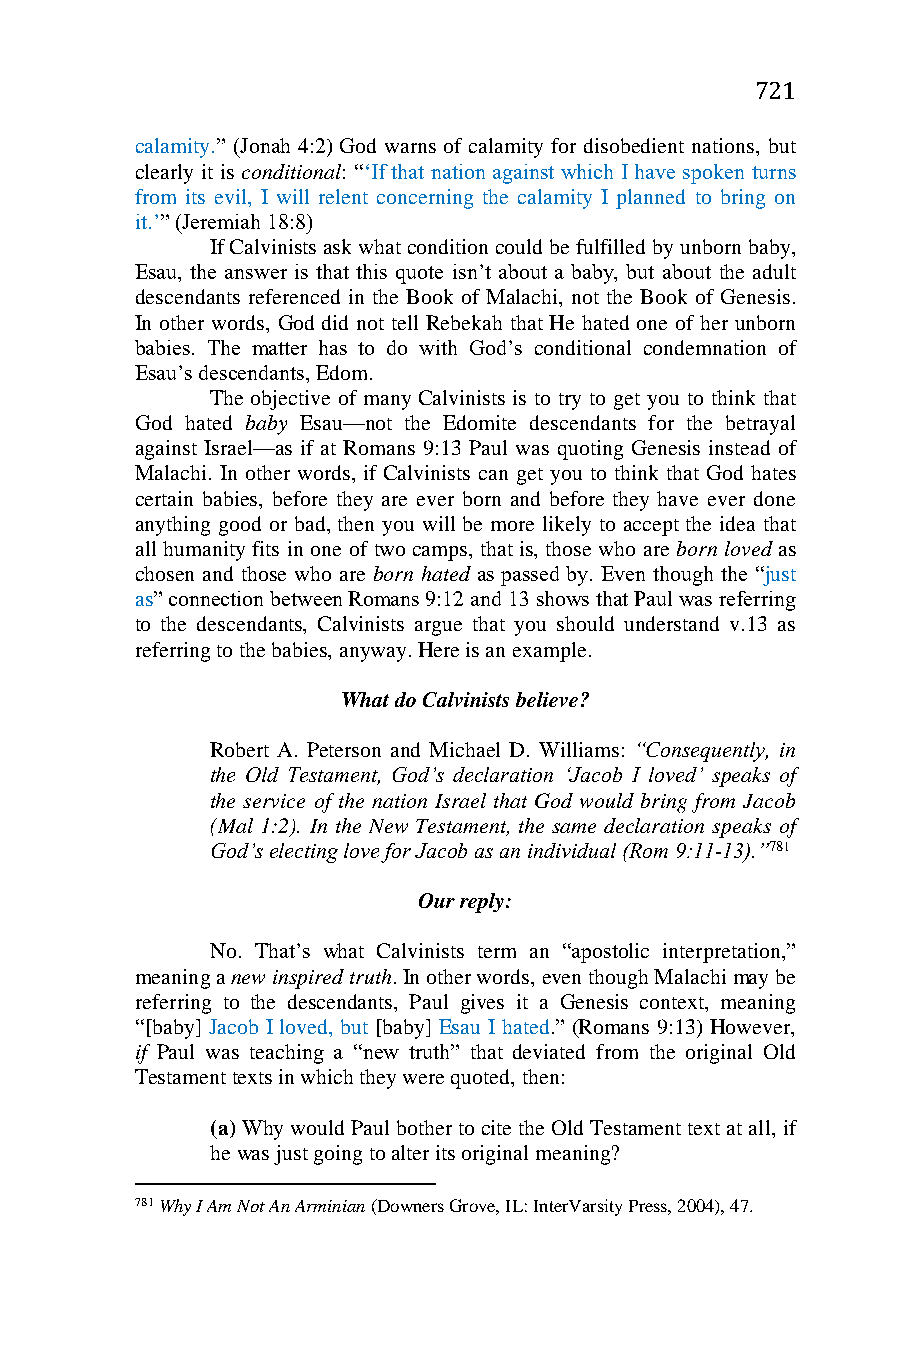
721
 calamity.” (Jonah 4:2) God warns of calamity for disobedient nations, but
 clearly it is conditional: “‘If that nation against which I have spoken turns
 from its evil, I will relent concerning the calamity I planned to bring on
 it.’” (Jeremiah 18:8)
 If Calvinists ask what condition could be fulfilled by unborn baby,
 Esau, the answer is that this quote isn’t about a baby, but about the adult
 descendants referenced in the Book of Malachi, not the Book of Genesis.
 In other words, God did not tell Rebekah that He hated one of her unborn
 babies. The matter has to do with God’s conditional condemnation of
 Esau’s descendants, Edom.
 The objective of many Calvinists is to try to get you to think that
 God hated baby Esau—not the Edomite descendants for the betrayal
 against Israel—as if at Romans 9:13 Paul was quoting Genesis instead of
 Malachi. In other words, if Calvinists can get you to think that God hates
 certain babies, before they are ever born and before they have ever done
 anything good or bad, then you will be more likely to accept the idea that
 all humanity fits in one of two camps, that is, those who are born loved as
 chosen and those who are born hated as passed by. Even though the “just
 as” connection between Romans 9:12 and 13 shows that Paul was referring
 to the descendants, Calvinists argue that you should understand v.13 as
 referring to the babies, anyway. Here is an example.
 What do Calvinists believe?
 Robert A. Peterson and Michael D. Williams: “Consequently, in
 the Old Testament, God’s declaration ‘Jacob I loved’ speaks of
 the service of the nation Israel that God would bring from Jacob
 (Mal 1:2). In the New Testament, the same declaration speaks of
 God’s electing love for Jacob as an individual (Rom 9:11-13).”781
 Our reply:
 No. That’s what Calvinists term an “apostolic interpretation,”
 meaning a new inspired truth. In other words, even though Malachi may be
 referring to the descendants, Paul gives it a Genesis context, meaning
 “[baby] Jacob I loved, but [baby] Esau I hated.” (Romans 9:13) However,
 if Paul was teaching a “new truth” that deviated from the original Old
 Testament texts in which they were quoted, then:
 (a) Why would Paul bother to cite the Old Testament text at all, if
 he was just going to alter its original meaning?
 781 Why I Am Not An Arminian (Downers Grove, IL: InterVarsity Press, 2004), 47.